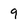
Character: 9